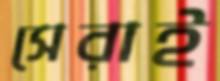
সেরাই